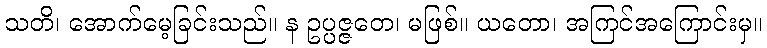
သတိ၊ အောက်မေ့ခြင်းသည်။ န ဥပ္ပဇ္ဇတေ၊ မဖြစ်။ ယတော၊ အကြင်အကြောင်းမှ။